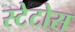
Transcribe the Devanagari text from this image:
स्टेटोस